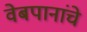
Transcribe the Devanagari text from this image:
वेबपानांचे